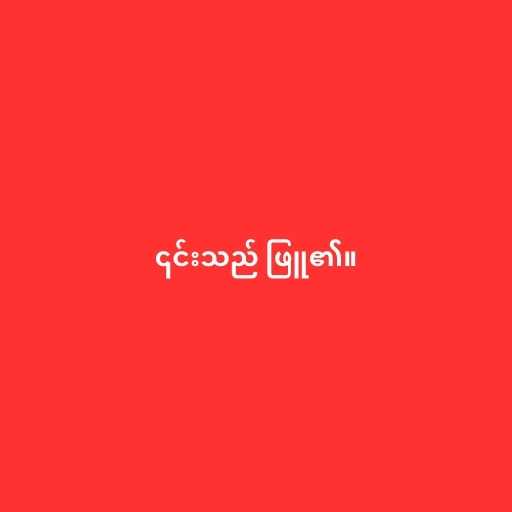
၎င်းသည် ဖြူ၏။